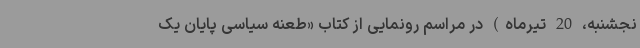
نجشنبه، 20 تیرماه) در مراسم رونمایی از کتاب «طعنه سیاسی پایان یک